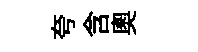
夸含奥